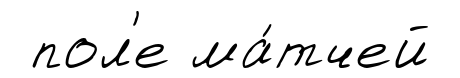
пол'е ма́тчей